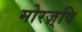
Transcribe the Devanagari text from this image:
मोरज़्वि